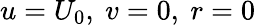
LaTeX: u=U_{0},~v=0,~r=0